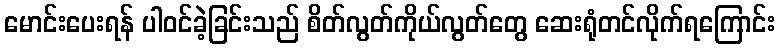
မောင်းပေးရန် ပါဝင်ခဲ့ခြင်းသည် စိတ်လွတ်ကိုယ်လွတ်တွေ ဆေးရုံတင်လိုက်ရကြောင်း